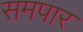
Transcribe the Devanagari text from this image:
समपार